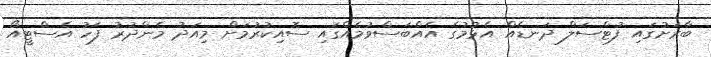
ބާރަށުގައި ފުޓްސަލް ދަނޑެއް އެޅުމުގެ އެއްބަސްވުމެއްގައި ސޮއިކުރުމަށް މިއަދު މެންދުރު ފަހު އެސްޓީއޯ